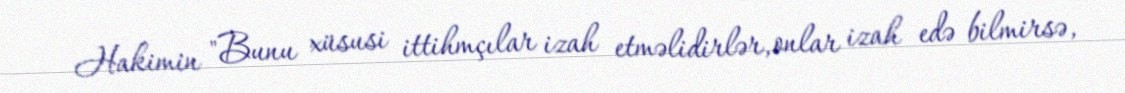
Hakimin "Bunu xüsusi ittihmçılar izah etməlidirlər, onlar izah edə bilmirsə,